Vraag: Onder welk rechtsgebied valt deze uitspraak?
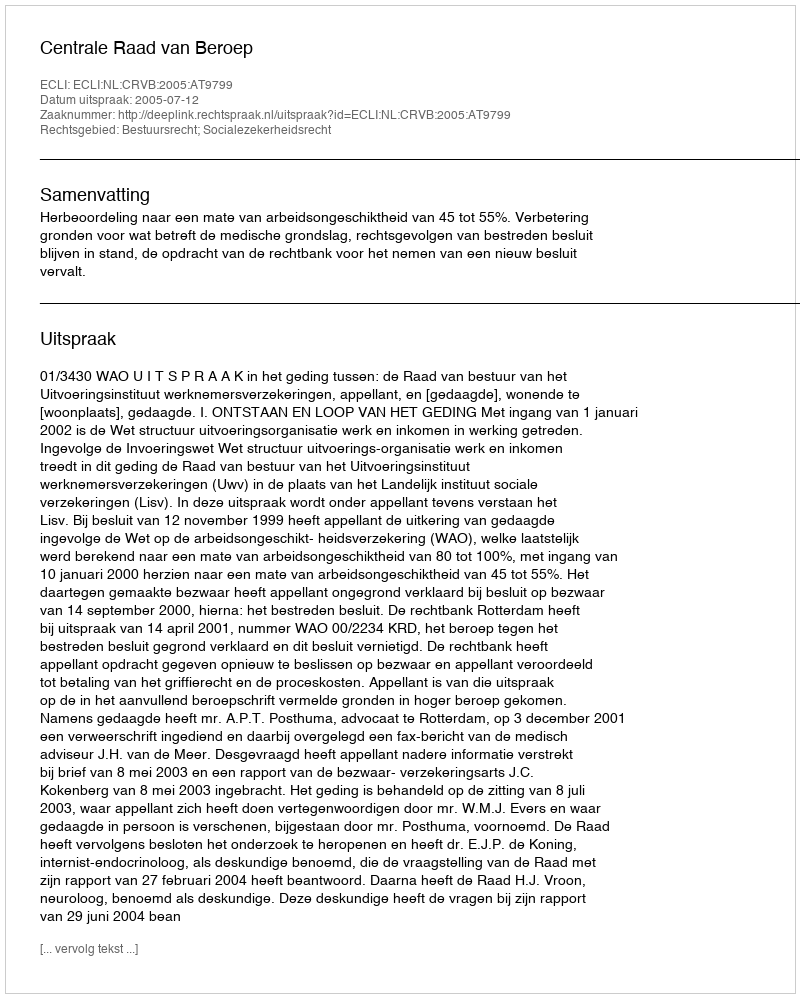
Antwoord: Bestuursrecht; Socialezekerheidsrecht